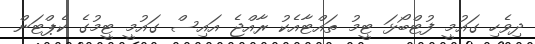
ދިވެހި ގައުމީ ފުޓްބޯޅަ ޓީމު ތައްޓާއެކު ރާއްޖެ އައިސް ގައުމީ ޓީމުގެ ކެޕްޓަން